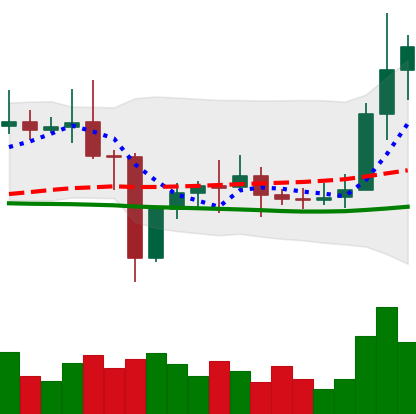
Ticker: ETC-USD
Chart end date: 2021-01-05
Forward return: 22.7%
Label: up_7plus